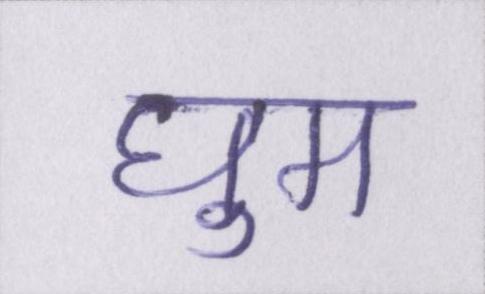
घुम